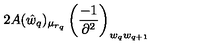
2 A \raisebox { - 4 p t } { \stackrel { \displaystyle { ( w _ { q } ) } } { \scriptstyle { \mu _ { r _ { q } } a _ { r _ { q } } } } } ( \hat { w } _ { q } ) _ { \mu _ { r _ { q } } } \left( \frac { - 1 } { \partial ^ { 2 } } \right) _ { w _ { q } w _ { q + 1 } }